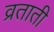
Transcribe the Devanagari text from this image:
व्रताती